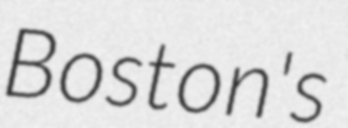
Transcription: Boston's